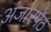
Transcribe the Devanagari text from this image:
अंजारपेठ